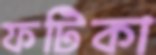
ফটিকা